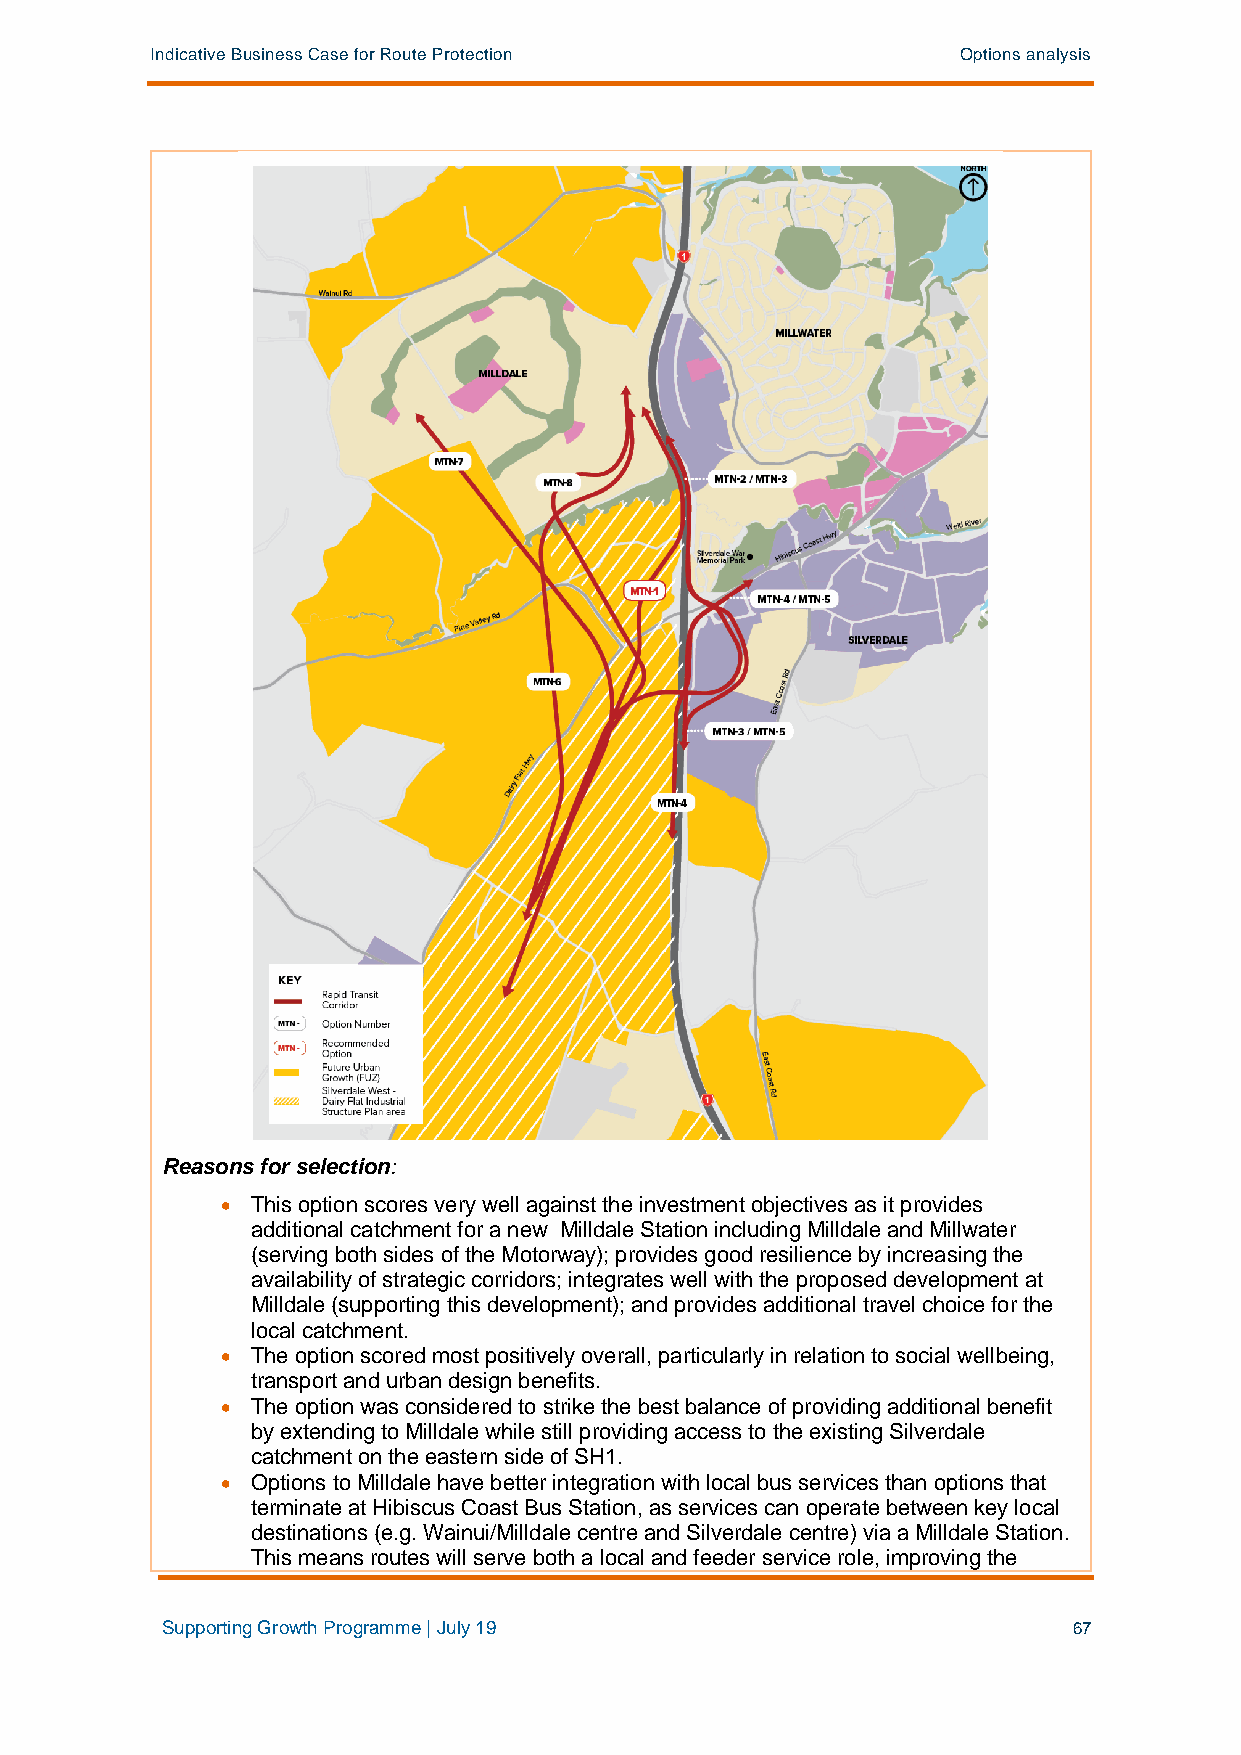
Indicative Business Case for Route Protection         Options analysis
 Reasons for selection:
 • This option scores very well against the investment objectives as it provides
 additional catchment for a new Milldale Station including Milldale and Millwater
 (serving both sides of the Motorway); provides good resilience by increasing the
 availability of strategic corridors; integrates well with the proposed development at
 Milldale (supporting this development); and provides additional travel choice for the
 local catchment.
 • The option scored most positively overall, particularly in relation to social wellbeing,
 transport and urban design benefits.
 • The option was considered to strike the best balance of providing additional benefit
 by extending to Milldale while still providing access to the existing Silverdale
 catchment on the eastern side of SH1.
 • Options to Milldale have better integration with local bus services than options that
 terminate at Hibiscus Coast Bus Station, as services can operate between key local
 destinations (e.g. Wainui/Milldale centre and Silverdale centre) via a Milldale Station.
 This means routes will serve both a local and feeder service role, improving the
 Supporting Growth Programme | July 19                       67